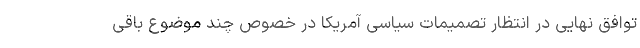
توافق نهایی در انتظار تصمیمات سیاسی آمریکا در خصوص چند موضوع باقی